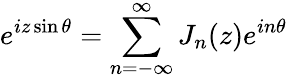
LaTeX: e^{iz\sin\theta}=\sum_{n=-\infty}^{\infty}J_{n}(z)e^{in\theta}